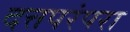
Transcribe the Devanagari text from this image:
दत्तपरंपरा